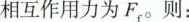
相互作用力为F_{f^{\circ}}则: